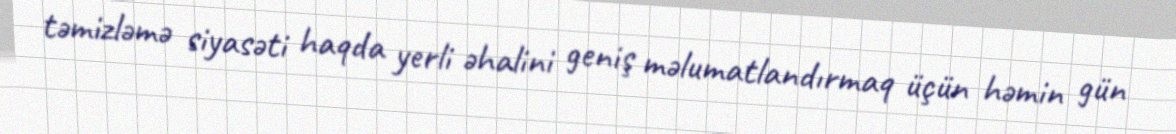
təmizləmə siyasəti haqda yerli əhalini geniş məlumatlandırmaq üçün həmin gün